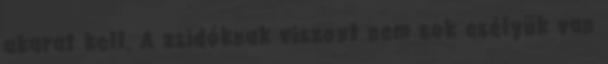
akarat kell. A zsidóknak viszont nem sok esélyük van